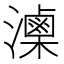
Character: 𤂈